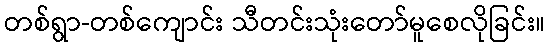
တစ်ရွာ-တစ်ကျောင်း သီတင်းသုံးတော်မူစေလိုခြင်း။